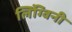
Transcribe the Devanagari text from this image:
लिंग्विनी